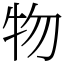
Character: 物